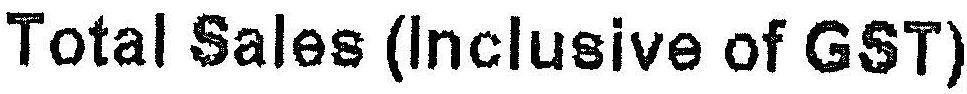
TOTAL SALES (INCLUSIVE OF GST)